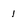
Character: 1